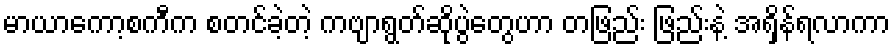
မာယာကော့စကီက စတင်ခဲ့တဲ့ ကဗျာရွတ်ဆိုပွဲတွေဟာ တဖြည်း ဖြည်းနဲ့ အရှိန်ရလာကာ